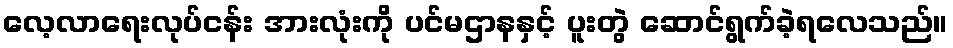
လေ့လာရေးလုပ်ငန်း အားလုံးကို ပင်မဌာနနှင့် ပူးတွဲ ဆောင်ရွက်ခဲ့ရလေသည်။